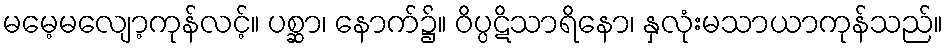
မမေ့မလျော့ကုန်လင့်။ ပစ္ဆာ၊ နောက်၌။ ဝိပ္ပဋိသာရိနော၊ နှလုံးမသာယာကုန်သည်။